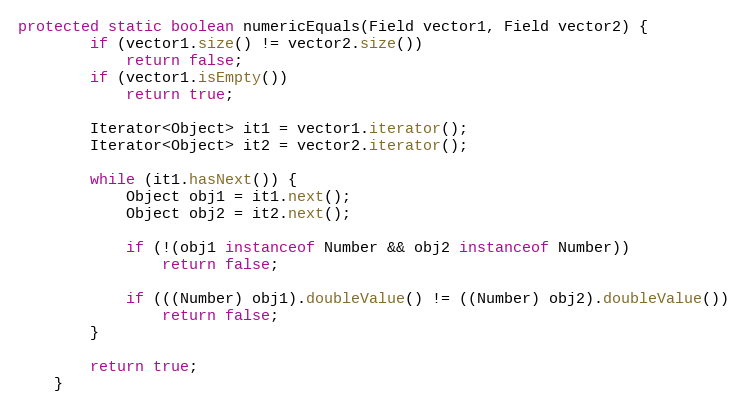
Language: Java
protected static boolean numericEquals(Field vector1, Field vector2) {
		if (vector1.size() != vector2.size())
			return false;
		if (vector1.isEmpty())
			return true;

		Iterator<Object> it1 = vector1.iterator();
		Iterator<Object> it2 = vector2.iterator();

		while (it1.hasNext()) {
			Object obj1 = it1.next();
			Object obj2 = it2.next();

			if (!(obj1 instanceof Number && obj2 instanceof Number))
				return false;

			if (((Number) obj1).doubleValue() != ((Number) obj2).doubleValue())
				return false;
		}

		return true;
	}